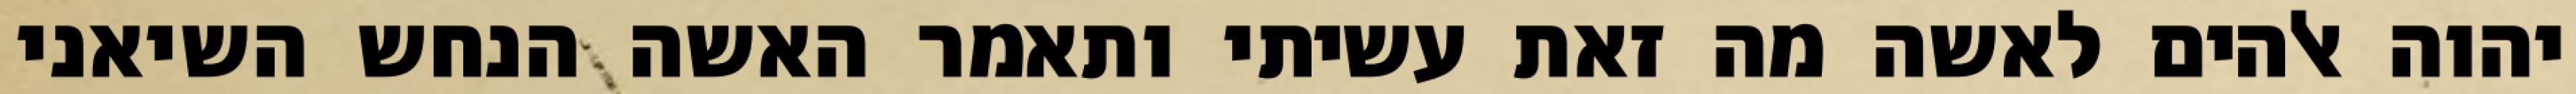
יהוה אלהים לאשה מה זאת עשיתי ותאמר האשה הנחש השיאני